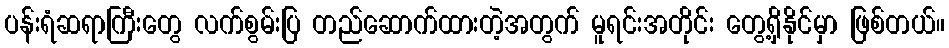
ပန်းရံဆရာကြီးတွေ လက်စွမ်းပြ တည်ဆောက်ထားတဲ့အတွက် မူရင်းအတိုင်း တွေ့ရှိနိုင်မှာ ဖြစ်တယ်။